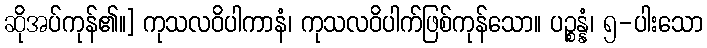
ဆိုအပ်ကုန်၏။] ကုသလဝိပါကာနံ၊ ကုသလဝိပါက်ဖြစ်ကုန်သော။ ပဉ္စန္နံ၊ ၅-ပါးသော